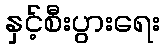
နှင့်စီးပွားရေး